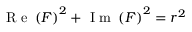
\mathrm { ~ R ~ e ~ } \left( F \right) ^ { 2 } + \mathrm { ~ I ~ m ~ } \left( F \right) ^ { 2 } = r ^ { 2 }